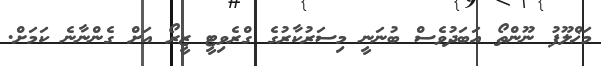
މަޚްލޫފު ނޫންތޯ އަބަދުވެސް ބުނަނީ މިސަރުކާރުގެ ގްރެވިޓީ ޒީރޯ އަށް ގެންނާނެ ކަމަށް.